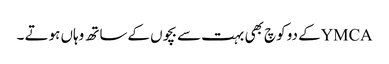
YMCAکے دو کوچ بھی بہت سے بچوں کےساتھ وہاں ہوتے ۔